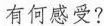
有何感受?